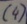
Text: (4)